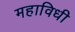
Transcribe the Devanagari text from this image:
महाविधी